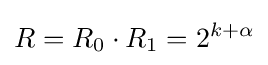
R=R_{0}\cdot R_{1}=2^{k+\alpha }